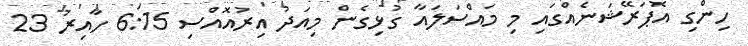
ހިންގި އޮޕަރޭޝަނެއްގައި މި މައްސަލައާ ގުޅިގެން މިއަދު އިރުއޮއްސި 6:15 ހާއިރު 23